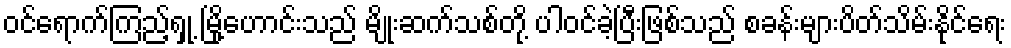
ဝင်ရောက်ကြည့်ရှု့ မြို့ဟောင်းသည် မျိုးဆက်သစ်တို့ ပါဝင်ခဲ့ပြီးဖြစ်သည် စခန်းများပိတ်သိမ်းနိုင်ရေး